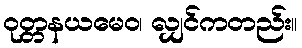
ဝုတ္တနယမေဝ၊ လျှင်ကတည်း။